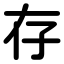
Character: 存